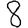
Digit: 8